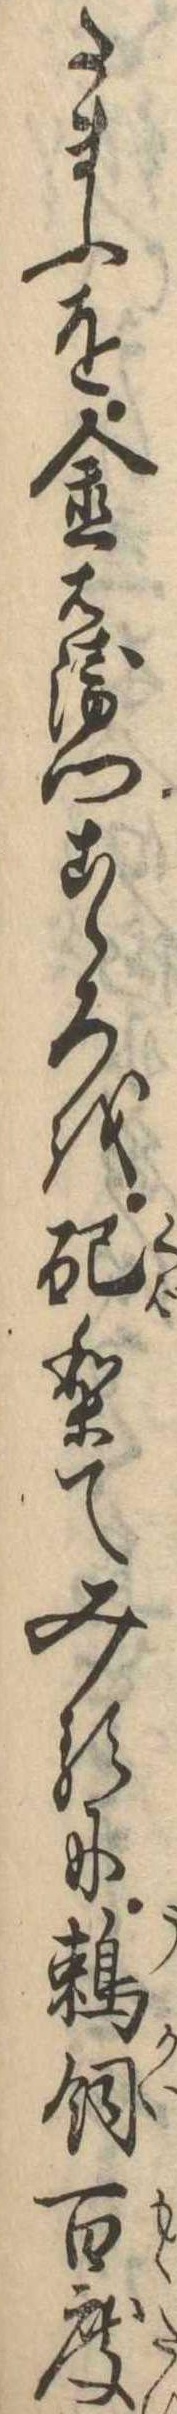
たまふを金右衛門こゝろを配りてみるに鵜飼百度